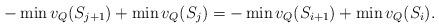
LaTeX: \begin{align*}-\min v_Q(S_{j+1})+\min v_Q(S_j) =-\min v_Q(S_{i+1})+\min v_Q(S_i).\end{align*}